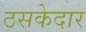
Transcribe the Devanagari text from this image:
ठसकेदार